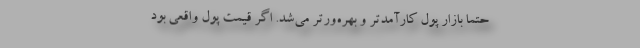
حتما بازار پول کارآمدتر و بهره‌ورتر می‌شد. اگر قیمت پول واقعی بود